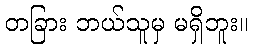
တခြား ဘယ်သူမှ မရှိဘူး။